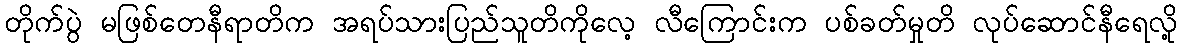
တိုက်ပွဲ မဖြစ်တေနီရာတိက အရပ်သားပြည်သူတိကိုလေ့ လီကြောင်းက ပစ်ခတ်မှုတိ လုပ်ဆောင်နီရေလို့